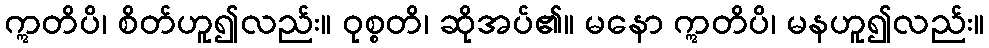
ဣတိပိ၊ စိတ်ဟူ၍လည်း။ ဝုစ္စတိ၊ ဆိုအပ်၏။ မနော ဣတိပိ၊ မနဟူ၍လည်း။